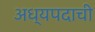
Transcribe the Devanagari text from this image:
अध्यपदाची